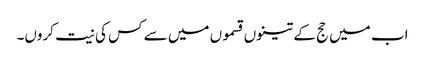
اب میں حج کے تینوں قسموں میں سے کس کی نیت کروں۔